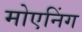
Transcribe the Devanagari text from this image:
मोएनिंग